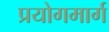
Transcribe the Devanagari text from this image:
प्रयोगमार्ग